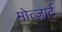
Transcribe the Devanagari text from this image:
मोत्ज़ार्ट